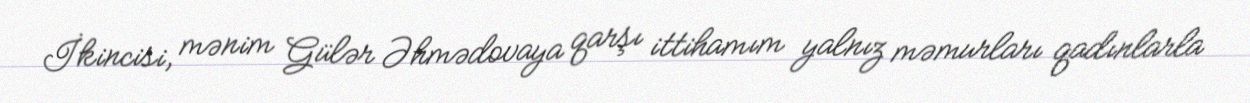
İkincisi, mənim Gülər Əhmədovaya qarşı ittihamım yalnız məmurları qadınlarla